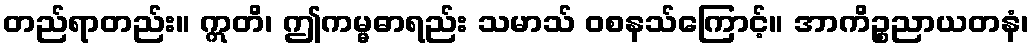
တည်ရာတည်း။ ဣတိ၊ ဤကမ္မဓာရည်း သမာသ် ဝစနသ်ကြောင့်။ အာကိဉ္စညာယတနံ၊